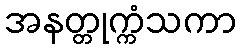
အနတ္တုက္ကံသကာ